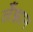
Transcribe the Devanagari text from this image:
लँझान